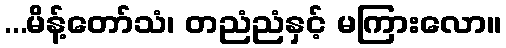
...မိန့်တော်သံ၊ တညံညံနှင့် မကြားလော။